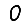
Digit: 0